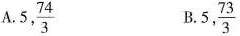
A. 5, \frac{74}{3} B. 5, \frac{73}{3}